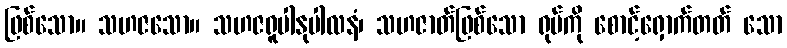
ဖြစ်သော။ သဟဇသော။ သဟဇရူပါနုပါလနံ၊ သဟဇာတ်ဖြစ်သော ရုပ်ကို စောင့်ရှောက်တတ် သော